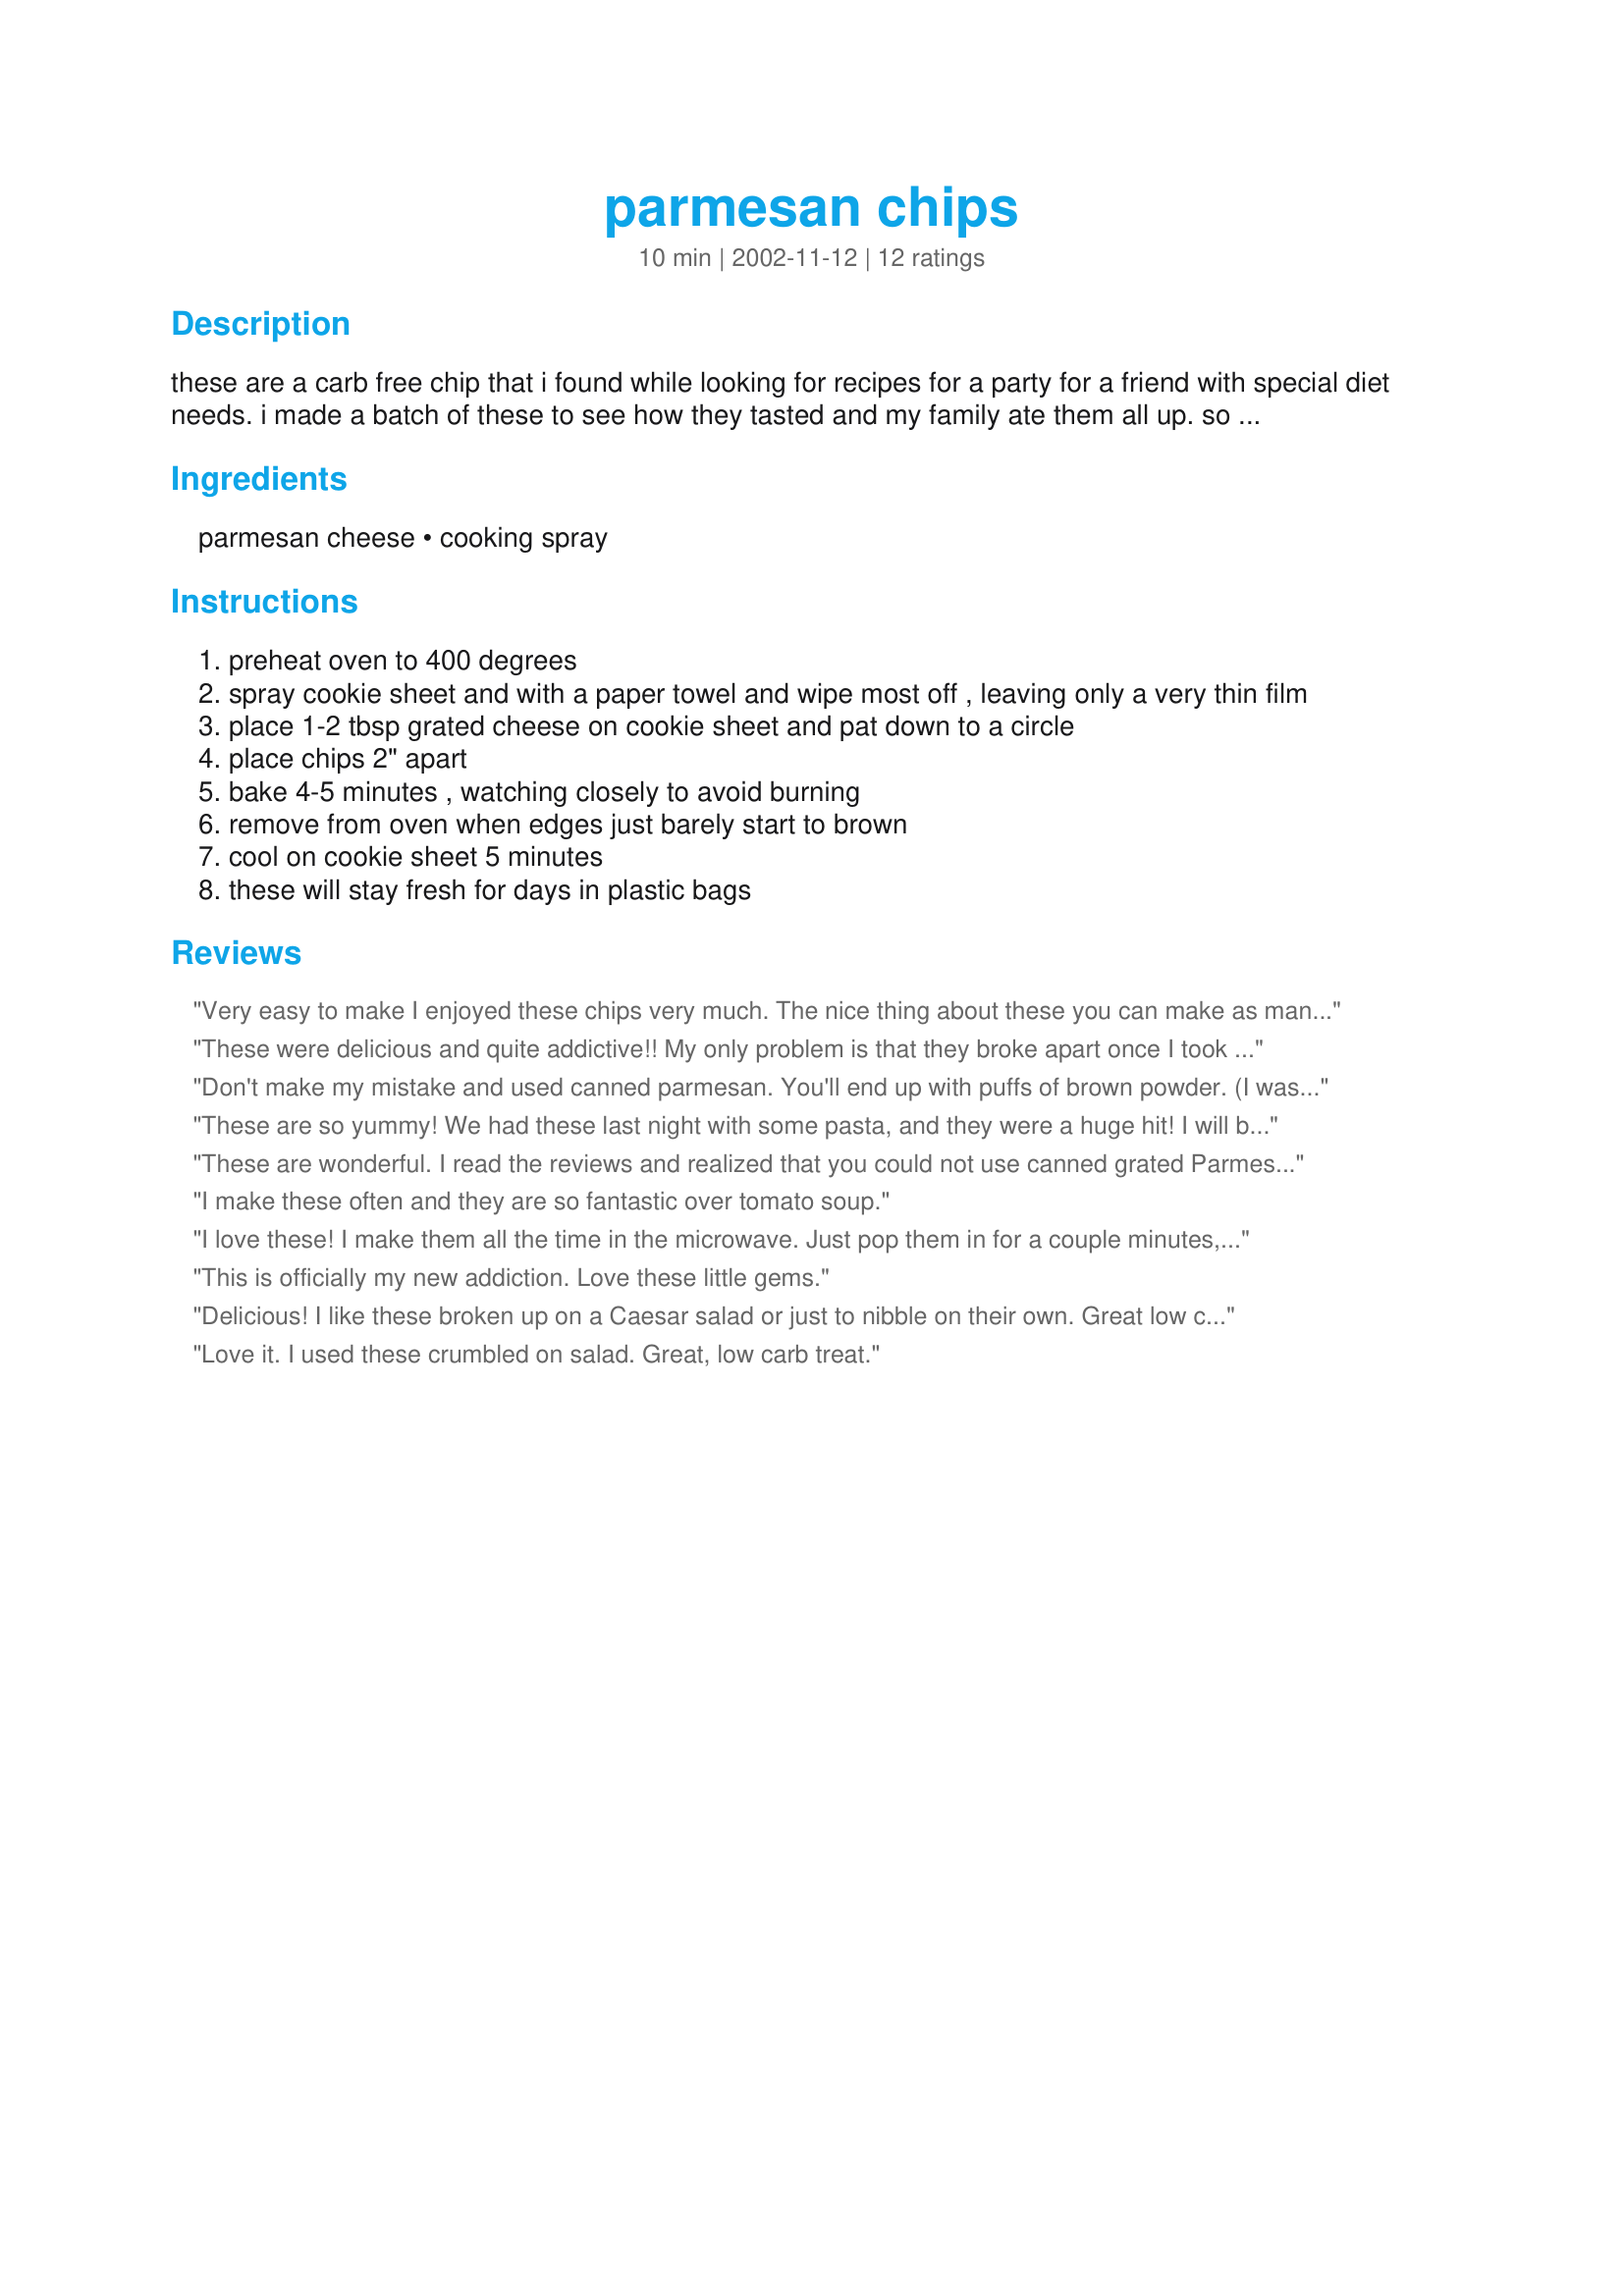
parmesan chips
Preparation time: 10 minutes

these are a carb free chip that i found while looking for recipes for a party for a friend with special diet needs. i made a batch of these to see how they tasted and my family ate them all up. so i made a second batch for the party.

Ingredients:
parmesan cheese, cooking spray

Steps:
preheat oven to 400 degrees
spray cookie sheet and with a paper towel and wipe most off , leaving only a very thin film
place 1-2 tbsp grated cheese on cookie sheet and pat down to a circle
place chips 2" apart
bake 4-5 minutes , watching closely to avoid burning
remove from oven when edges just barely start to brown
cool on cookie sheet 5 minutes
these will stay fresh for days in plastic bags

Reviews:
Very easy to make I enjoyed these chips very much. The nice thing about these you can make as many as you need. I used a heaping tablespoon full and they baked up in 3.5 minutes. I like to serve them with ceasar salad or just a lettuce wedge cucumber and tomato for a nice quick lunch. Ive made these with parmesan and asiago cheese both equally good. I would like to try adding chili powder or cumin to these next time I make them. Thanks Junebug for a great idea.
These were delicious and quite addictive!! My only problem is that they broke apart once I took them off the cookie sheet. They were gone within minutes anyway! Thanks Junebug!
Don't make my mistake and used canned parmesan. You'll end up with puffs of brown powder. (I was born blonde and though my hair has darkened, I guess I still have my blonde roots! If you're also blonde, you might not get this joke).
These are so yummy! We had these last night with some pasta, and they were a huge hit! I will be making these alot when we have spaghetti! Thanks!
These are wonderful. I read the reviews and realized that you could not use canned grated Parmesan, but I did find some canned shredded Parmesan and it worked great. They are very crispy. I also tried shredded cheddar cheese. They are good, but are not crispy. But this is a great alternative to chips, croutons, etc.
I make these often and they are so fantastic over tomato soup.
I love these! I make them all the time in the microwave. Just pop them in for a couple minutes, or until they start to get brown. And them immediately take them off the plate with a fork (sometimes they get a little squished). This is better for just yourself. If you want them to be beautiful for company, the oven is probably the way to go.
This is officially my new addiction. Love these little gems.
Delicious! I like these broken up on a Caesar salad or just to nibble on their own. Great low carb snack!
Love it. I used these crumbled on salad. Great, low carb treat.
Very nice and great with a bowl of soup especially when you can't have gluten. Will make these often! Made for Healthy Choices ABC Tag.
i have done this for a loooonnnnggg time. i usually use my silpat for this and use the chips for garnishes. love, love, love them. :)
